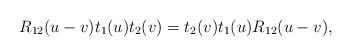
LaTeX: \begin{align*}R_{12}(u-v)t_1(u)t_2(v)=t_2(v)t_1(u)R_{12}(u-v),\end{align*}